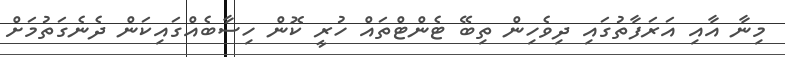
މިނާ އާއި އަރަފާތުގައި ދިވެހިން ތިބޭ ޓެންޓްތައް ހުރީ ކޮން ހިސާބެއްގައިކަން ދެނެގަތުމަށް